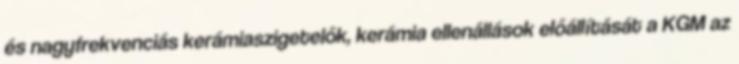
és nagyfrekvenciás kerámiaszigetelők, kerámia ellenállások előállítását a KGM az